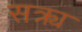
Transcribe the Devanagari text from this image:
सक्र्य